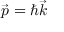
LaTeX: { \vec { p } } = \hbar { \vec { k } }